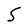
Character: 5